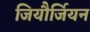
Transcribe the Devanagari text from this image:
जियौर्जियन